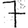
Digit: 7